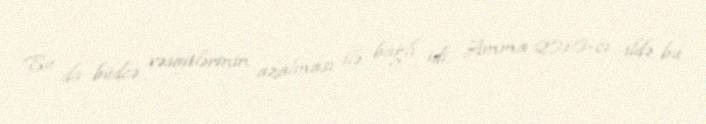
Bu da büdcə vəsaitlərinin azalması ilə bağlı idi. Amma 2016-cı ildə bu